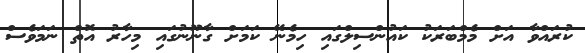
ކުރައްވާ އަށް މެމްބަރަކު ކައުންސިލްގައި ހިމެނޭ ކަމަށް ގާނޫނުގައި މިހާރު އޮތް ނަމަވެސް